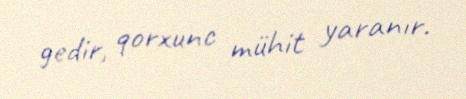
gedir, qorxunc mühit yaranır.